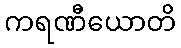
ကရဏီယောတိ